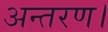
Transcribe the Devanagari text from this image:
अन्तरण।